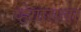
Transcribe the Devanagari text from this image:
व्हेगासला